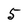
Character: 5